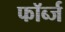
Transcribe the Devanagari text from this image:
फॉर्ब्ज